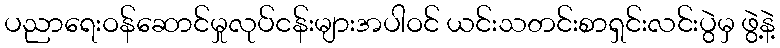
ပညာရေးဝန်ဆောင်မှုလုပ်ငန်းများအပါဝင် ယင်းသတင်းစာရှင်းလင်းပွဲမှ ဖွဲ့နဲ့